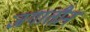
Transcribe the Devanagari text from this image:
जगातीन